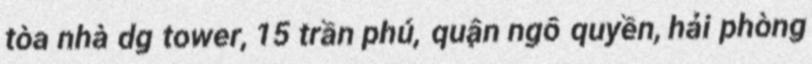
tòa nhà dg tower, 15 trần phú, quận ngô quyền, hải phòng